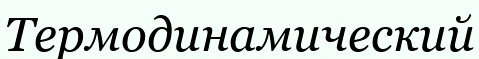
Термодинамический